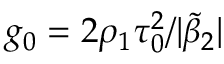
g _ { 0 } = 2 \rho _ { 1 } \tau _ { 0 } ^ { 2 } / | \tilde { \beta } _ { 2 } |